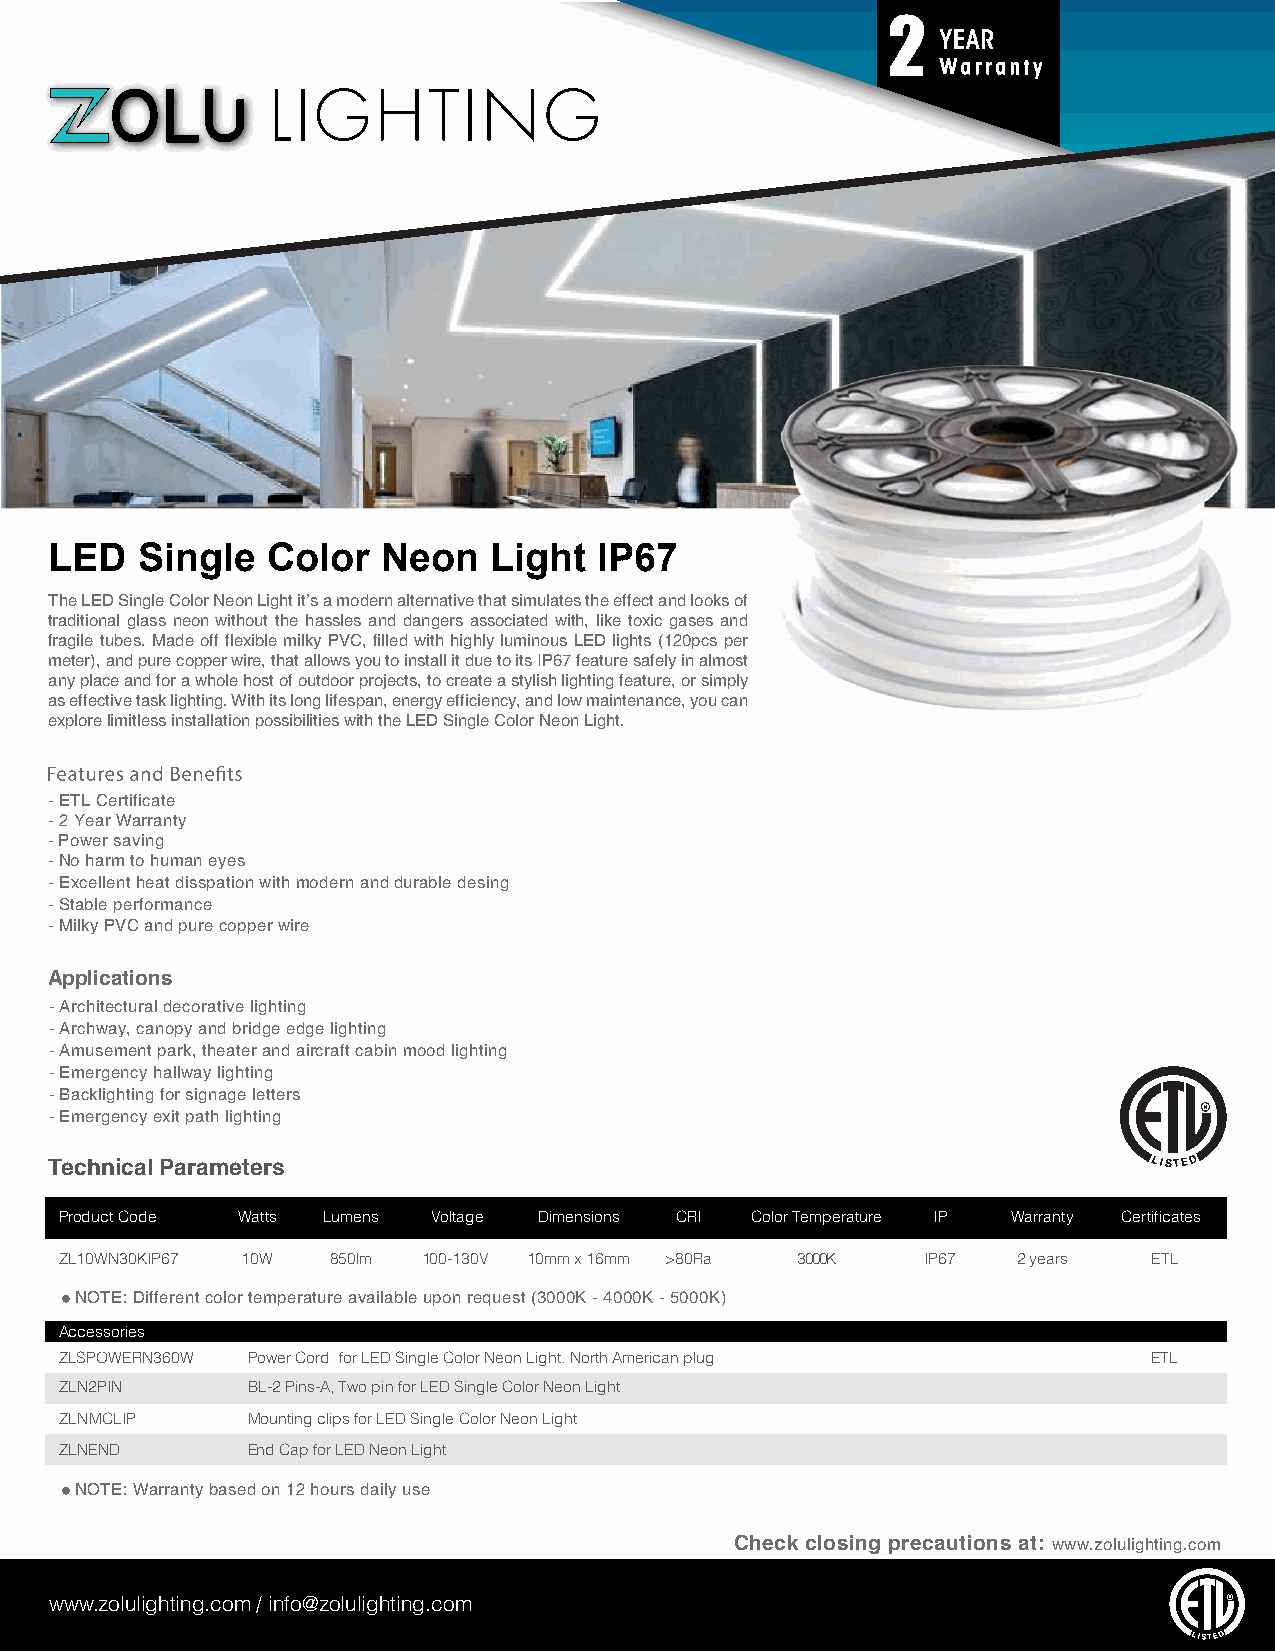
2
 LED   Single   Color  Neon   Light   IP67
 The LED Single Color Neon Light it’s a modern alternative that simulates the effect and looks of
 traditional glass neon without the hassles and dangers associated with, like toxic gases and
 fragile tubes. Made off flexible milky PVC, filled with highly luminous LED lights (120pcs per
 meter), and pure copper wire, that allows you to install it due to its IP67 feature safely in almost
 any place and for a whole host of outdoor projects, to create a stylish lighting feature, or simply
 as effective task lighting. With its long lifespan, energy efficiency, and low maintenance, you can
 explore limitless installation possibilities with the LED Single Color Neon Light.
 - ETL Certificate
 - 2 Year Warranty
 - Power saving
 - No harm to human eyes
 - Excellent heat disspation with modern and durable desing
 - Stable performance
 - Milky PVC and pure copper wire
 Applications
 - Architectural decorative lighting
 - Archway, canopy and bridge edge lighting
 - Amusement park, theater and aircraft cabin mood lighting
 - Emergency hallway lighting
 - Backlighting for signage letters
 - Emergency exit path lighting
 Technical Parameters
 Product Code Watts Lumens Voltage Dimensions CRI Color Temperature IP Warranty Certificates
 ZL10WN30KIP67 10W 850lm 100-130V 10mm x 16mm >80Ra 3000K IP67  2 years  ETL
 NOTE: Different color temperature available upon request (3000K - 4000K - 5000K)
 Accessories
 ZLSPOWERN360W Power Cord for LED Single Color Neon Light. North American plug ETL
 ZLN2PIN     BL-2 Pins-A, Two pin for LED Single Color Neon Light
 ZLNMCLIP    Mounting clips for LED Single Color Neon Light
 ZLNEND      End Cap for LED Neon Light
 NOTE: Warranty based on 12 hours daily use
 Check closing precautions at: www.zolulighting.com
 www.zolulighting.com / info@zolulighting.com